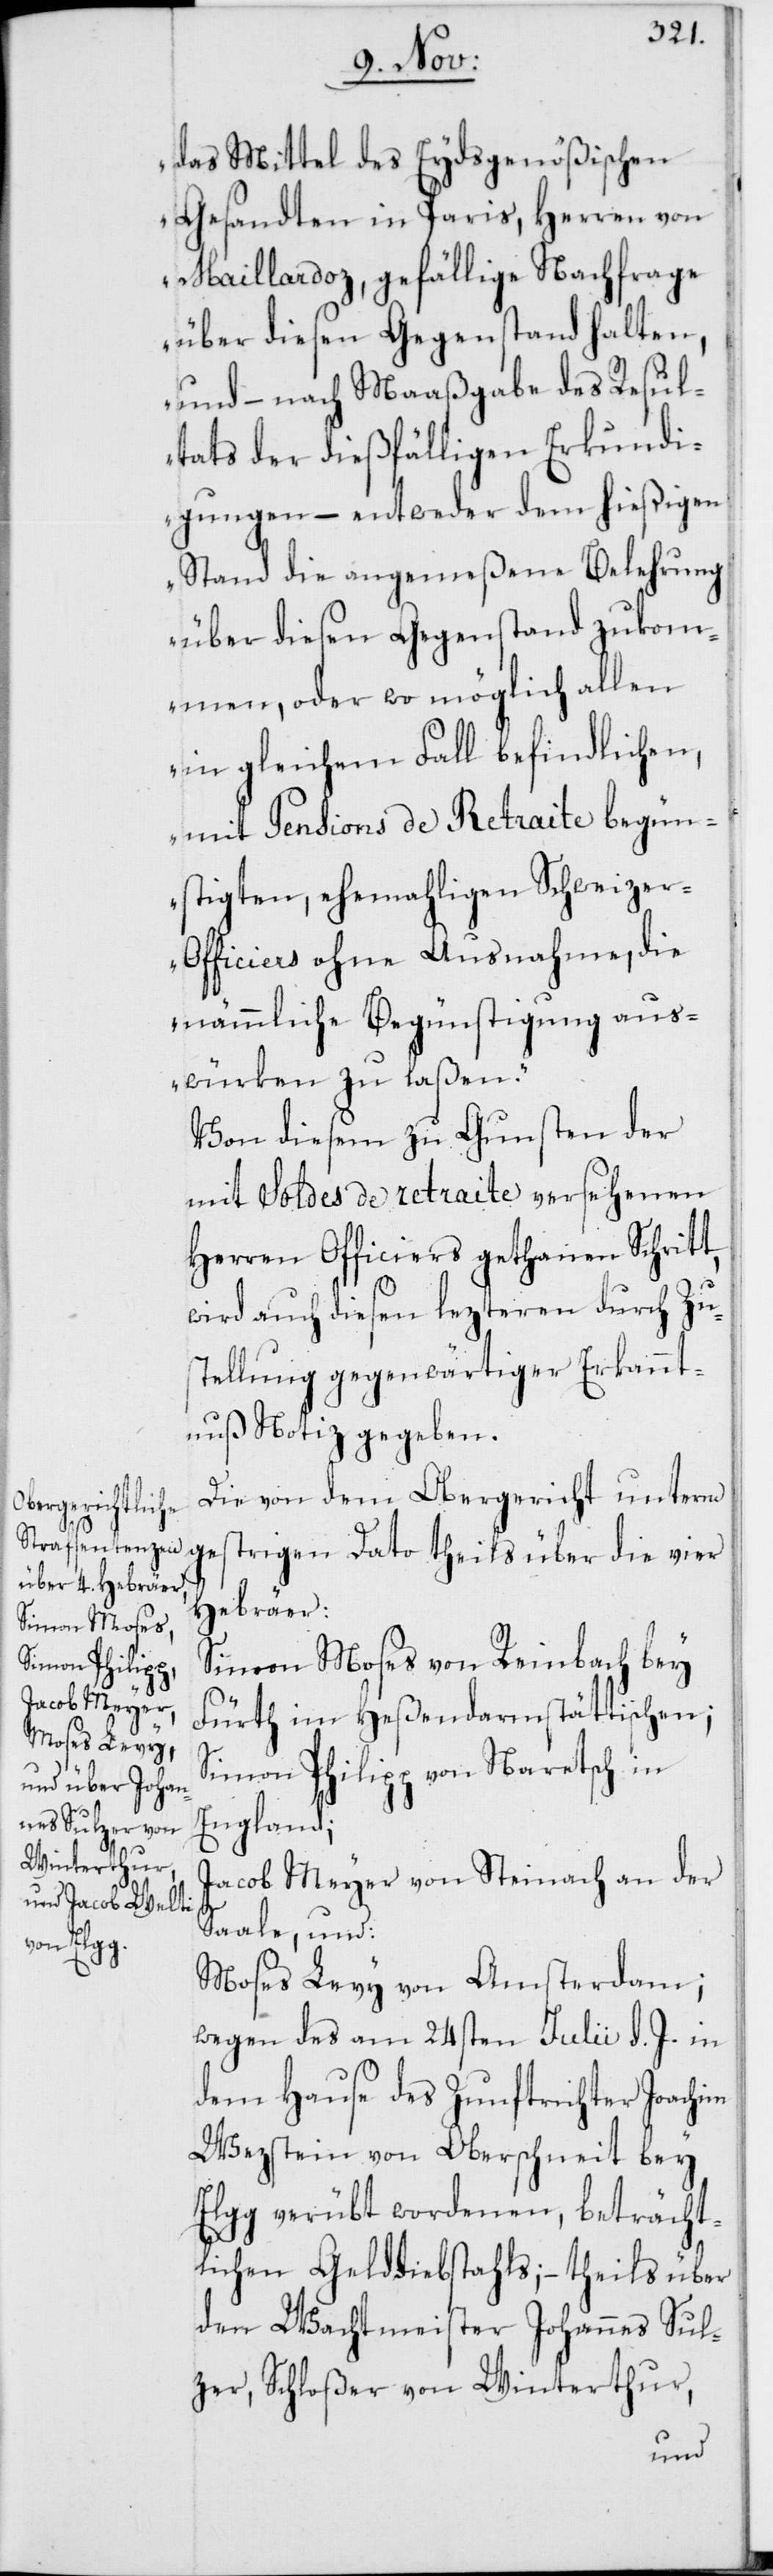
das Mittel des Eydsgenößischen
Gesandten in Paris, Herren von
Maillardoz, gefällige Nachfrage
über diesen Gegenstand halten,
und – nach Maaßgabe des Resul¬
tats der dießfälligen Erkundi¬
gungen – entweder dem hießigen
Stand die angemeßene Belehrung
über diesen Gegenstand zukom¬
men, oder wo möglich allen
in gleichem Fall befindlichen,
mit Pensions de Retraite begün¬
stigten, ehemaligen Schweize¬
r-Officiers ohne Ausnahme, die
nämmliche Begünstigung aus¬
würken zu laßen.“
Von diesem zu Gunsten der
mit Soldes de retraite versehenen
Herren Officiers gethanen Schritt,
wird auch diesen lezteren durch Zu¬
stellung gegenwärtiger Erkannt¬
nuß Notiz gegeben.
Die von dem Obergericht unterm
gestrigen Dato theils über die vier
Hebräer:
Simon Moses von Reinbach bey
Fürth im Heßendarmstättischen;
Simon Philipp von Naretsch in
England;
Jacob Meyer von Steinach an der
Saale; und
Moses Levy von Amsterdam;
wegen des am 24sten Julii d. J. in
dem Hause des Zunftrichter Joachim
Wezstein von Oberschneit bey
Elgg verübt wordenen, beträcht¬
lichen Gelddiebstahls; – theils über
den Wachtmeister Johannes Sul¬
zer, Schloßer von Winterthur,